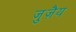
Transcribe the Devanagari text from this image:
जुज़ैय